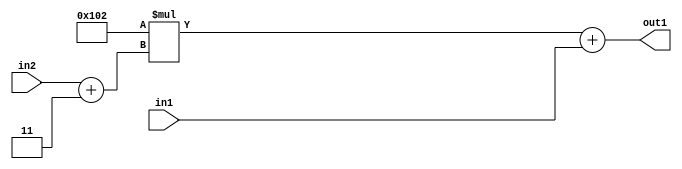
`timescale 1ps / 1ps
/*****************************************************************************
    Verilog RTL Description
    
    
    Created by: Stratus DpOpt 2019.1.01 
*******************************************************************************/

module DC_Filter_Add2u9Mul2i258Add2i3u2_4 (
	in2,
	in1,
	out1
	); /* architecture "behavioural" */ 
input [1:0] in2;
input [8:0] in1;
output [11:0] out1;
wire [11:0] asc001;
wire [2:0] asc002;

assign asc002 = 
	+(in2)
	+(3'B011);

wire [11:0] asc001_tmp_0;
assign asc001_tmp_0 = 
	+(12'B000100000010 * asc002);
assign asc001 = asc001_tmp_0
	+(in1);

assign out1 = asc001;
endmodule

/* CADENCE  uLb3SQA= : u9/ySgnWtBlWxVPRXgAZ4Og= ** DO NOT EDIT THIS LINE ******/